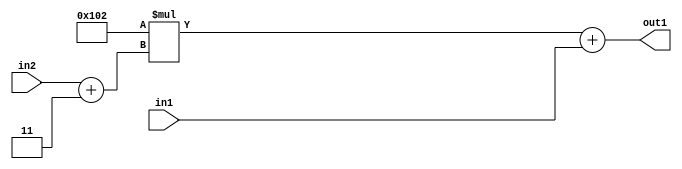
`timescale 1ps / 1ps
/*****************************************************************************
    Verilog RTL Description
    
    
    Created by: Stratus DpOpt 2019.1.01 
*******************************************************************************/

module DC_Filter_Add2u9Mul2i258Add2i3u2_4 (
	in2,
	in1,
	out1
	); /* architecture "behavioural" */ 
input [1:0] in2;
input [8:0] in1;
output [11:0] out1;
wire [11:0] asc001;
wire [2:0] asc002;

assign asc002 = 
	+(in2)
	+(3'B011);

wire [11:0] asc001_tmp_0;
assign asc001_tmp_0 = 
	+(12'B000100000010 * asc002);
assign asc001 = asc001_tmp_0
	+(in1);

assign out1 = asc001;
endmodule

/* CADENCE  uLb3SQA= : u9/ySgnWtBlWxVPRXgAZ4Og= ** DO NOT EDIT THIS LINE ******/